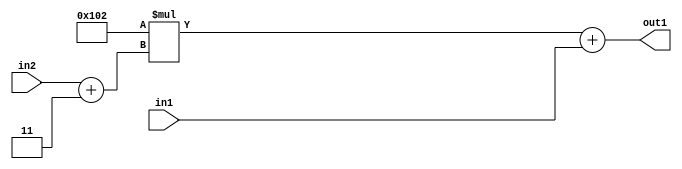
`timescale 1ps / 1ps
/*****************************************************************************
    Verilog RTL Description
    
    
    Created by: Stratus DpOpt 2019.1.01 
*******************************************************************************/

module DC_Filter_Add2u9Mul2i258Add2i3u2_4 (
	in2,
	in1,
	out1
	); /* architecture "behavioural" */ 
input [1:0] in2;
input [8:0] in1;
output [11:0] out1;
wire [11:0] asc001;
wire [2:0] asc002;

assign asc002 = 
	+(in2)
	+(3'B011);

wire [11:0] asc001_tmp_0;
assign asc001_tmp_0 = 
	+(12'B000100000010 * asc002);
assign asc001 = asc001_tmp_0
	+(in1);

assign out1 = asc001;
endmodule

/* CADENCE  uLb3SQA= : u9/ySgnWtBlWxVPRXgAZ4Og= ** DO NOT EDIT THIS LINE ******/